65_HS1-834228961_62-HQ-83894_Section_7
Agency: FBI
Page 5
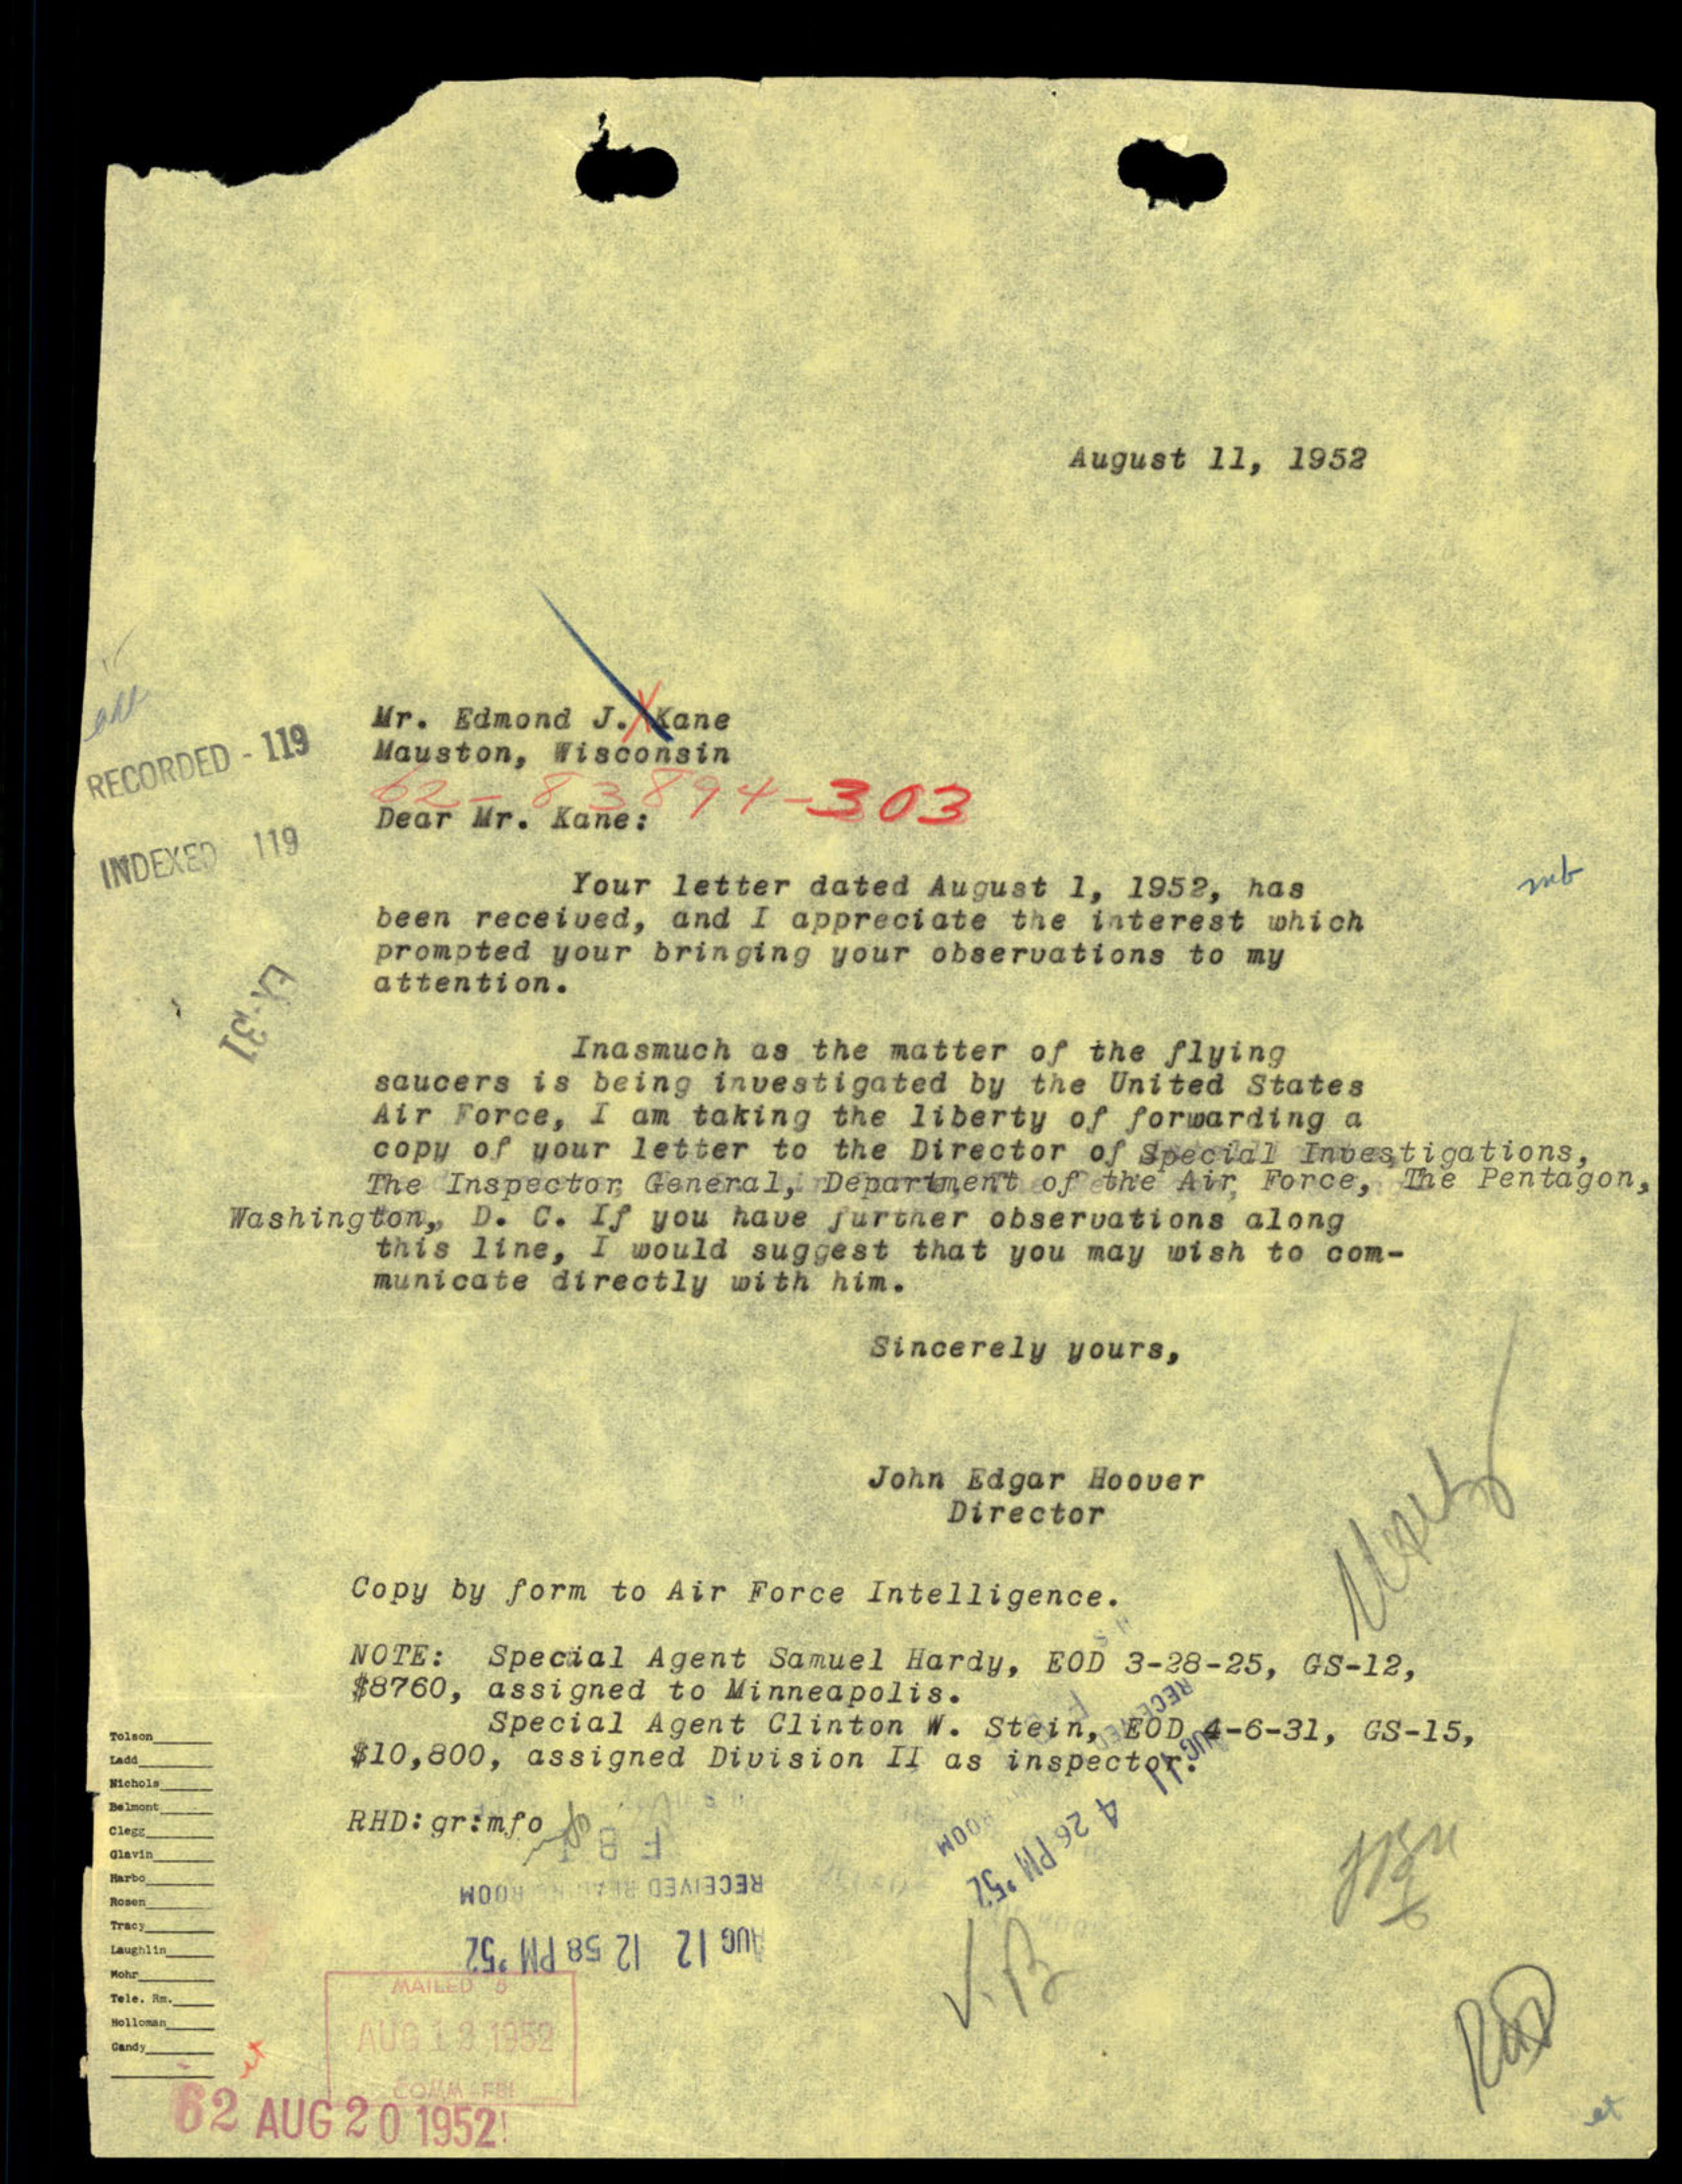